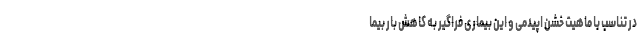
در تناسب با ماهیت خشن اپیدمی و این بیماری فراگیر به کاهش بار بیما